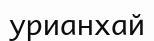
урианхай